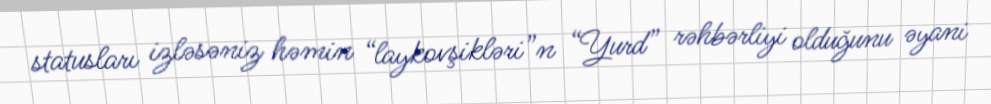
statusları izləsəniz həmin “laykovşikləri”n “Yurd” rəhbərliyi olduğunu əyani